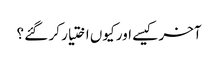
آخر کیسے اور کیوں اختیار کر گئے ؟